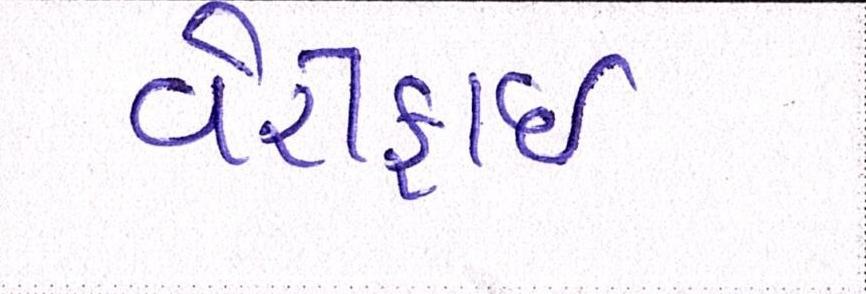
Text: વેરીફાઈ